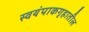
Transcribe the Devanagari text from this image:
स्वयंपाकगृहातील